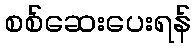
စစ်ဆေးပေးရန်